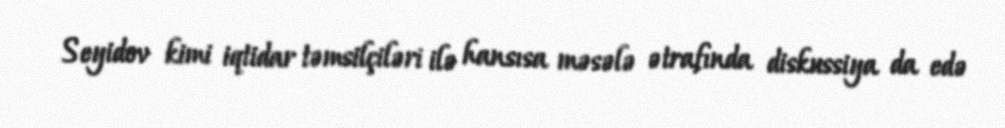
Seyidov kimi iqtidar təmsilçiləri ilə hansısa məsələ ətrafında diskussiya da edə